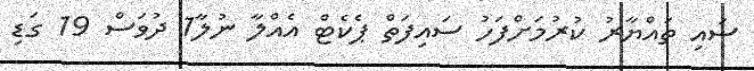
ސައި ތައްޔާރު ކުރުމަށްފަހު ސައިފަތް ޕެކެޓް އެއްލާ ނުލާ1 ދުވަސް 19 ގަޑި